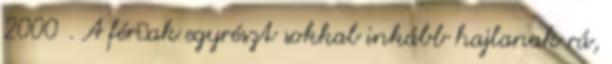
2000 . A férﬁak egyrészt sokkal inkább hajlanak rá,